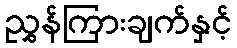
ညွှန်ကြားချက်နှင့်